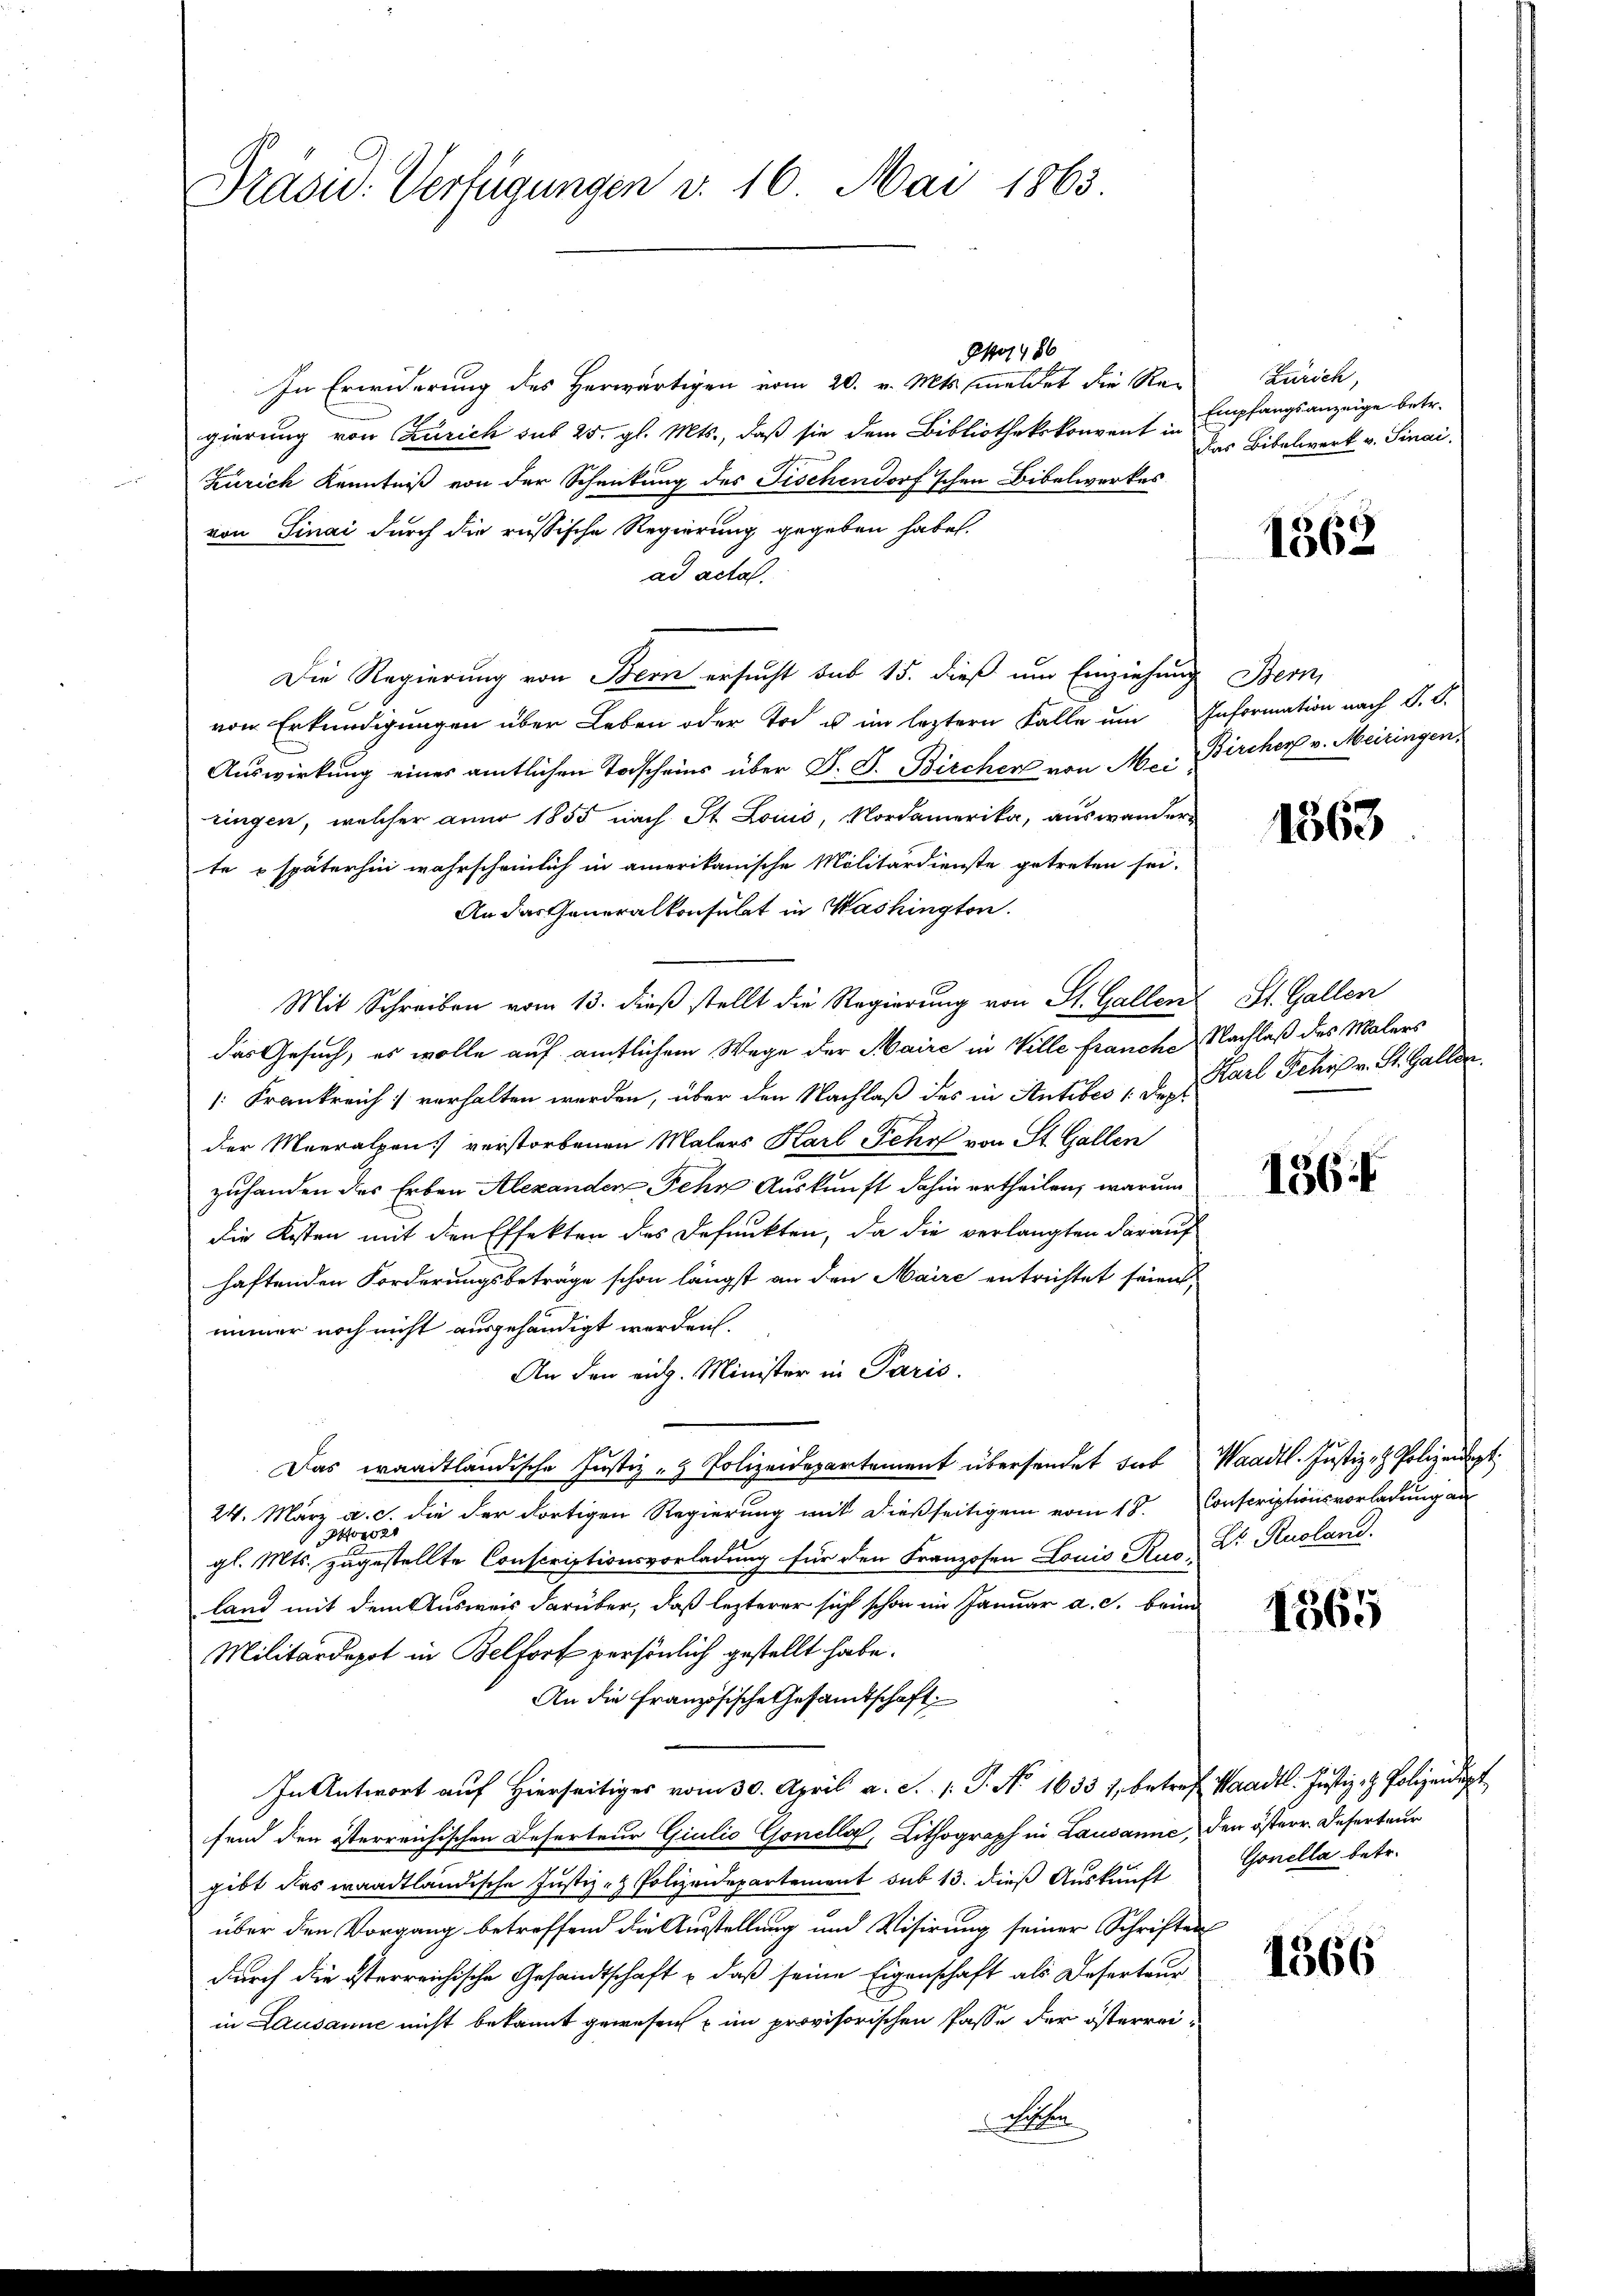
Präsid. Verfügungen v. 16. Mai 1863.

Po1486
In Erwiderung des Herwärtigen vom 20. v. Mts. meldet die Re-
gierung von Zürich sub 25. gl. Mts., daß sie dem Bibliothekskonvent in
Zürich Kenntniß von der Schenkung des Fischendorf'schen Bibelwerkes
von Sinai durch die russische Regierung gegeben habe.
ad acta.
Die Regierung von Bern ersucht sub 15. dieß um Einziehung Bern
vom Erkundigungen über Leben oder Tod u im leztern Falle um Information nach S. S.
Auswirkung eines amtlichen Todscheins über D. P. Bircher von Mai Bircher v. Meiringen,
ringen, welcher anno 1855 nach St. Louis, Nordamerika, auswander
te & späterhin wahrscheinlich in amerikanische Militärdienste getreten sei.
An das Generalkonsulat in Washington.
Mit Schreiben vom 13. dieß stellt die Regierung von St. Gallen
das Gesuch, es wolle auf amtlichem Wege der Maire in Ville franche Nachlaß des Malers
[Frankreich verhalten werden, über den Nachlaß des in Antibes 1 Sept
der Maeralpen verstorbenen Malers Karl Fehr von St. Gallen
zuhanden der Erben Alexanden Sehr Auskunft dahin ertheilen, warum
die Kosten mit den Effekten des Defunkten, da die verlangten darauf
haftenden Forderungsbeträge schon längst an den Maire entrichtet seien,
immer noch nicht ausgehändigt werden.
An den eidg. Minister in Paris.
Das waadtländische Justiz - Polizeidepartement übersendet hab
24. März a. c. die der dortigen Regierung mit dießseitigem vom 18.
o
gl. Mts. zugestellte Conscriptionsvorladung für den Franzosen Louis Rus Dr. Rusland.
land mit dem Ausweis darüber, daß lezterer sich schon im Januar a. c. beim
Militärdepot in Belfort persönlich gestellt habe.
An die Französische Gesandtschaft
In Antwort auf Hierseitiger vom 30. April a. S. P. No 1633 1, betreff Waadt. Justiz- & Polizeidigt
fend den österreichischen Deserteur Giulio Goneller, Lithograph in Lausanne, den österr. Deserteur
gibt das waadtländische Justiz- & Polizeidepartement sub 13. dieß Auskunft
über den Vorgang betreffend die Ausstellung und Visirung seiner Schriften
durch die österreichische Gesandtschaft u daß seine Eigenschaft als Deserteur
in Lausanne nicht bekannt gewesen im provisorischen Pässe der österrei¬
Letten

Zürich,
Empfangsanzeige betr.
Das Bibelwerk v. Sinai

1562

1563

St. Gallen
Starl Schrif v. St. Galler

156

Waadt. Justiz- & Polizeiligt.
Conscriptionsvorladung an

1565

x
Gonella betr.

1566